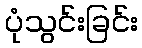
ပုံသွင်းခြင်း